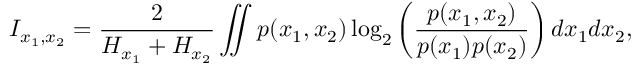
I _ { x _ { 1 } , x _ { 2 } } = \frac { 2 } { H _ { x _ { 1 } } + H _ { x _ { 2 } } } \iint p ( x _ { 1 } , x _ { 2 } ) \log _ { 2 } \left( \frac { p ( x _ { 1 } , x _ { 2 } ) } { p ( x _ { 1 } ) p ( x _ { 2 } ) } \right) d x _ { 1 } d x _ { 2 } ,